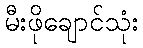
မီးဖိုချောင်သုံး